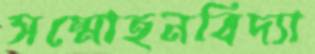
সম্মোহনবিদ্যা